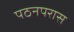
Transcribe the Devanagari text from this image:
पठनपरास